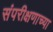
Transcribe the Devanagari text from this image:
संपरीक्षणाच्या